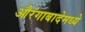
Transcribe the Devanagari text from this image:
औरंगाबादेमध्ये